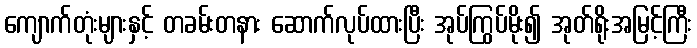
ကျောက်တုံးများနှင့် တခမ်းတနား ဆောက်လုပ်ထားပြီး အုပ်ကြွပ်မိုး၍ အုတ်ရိုးအမြင့်ကြီး